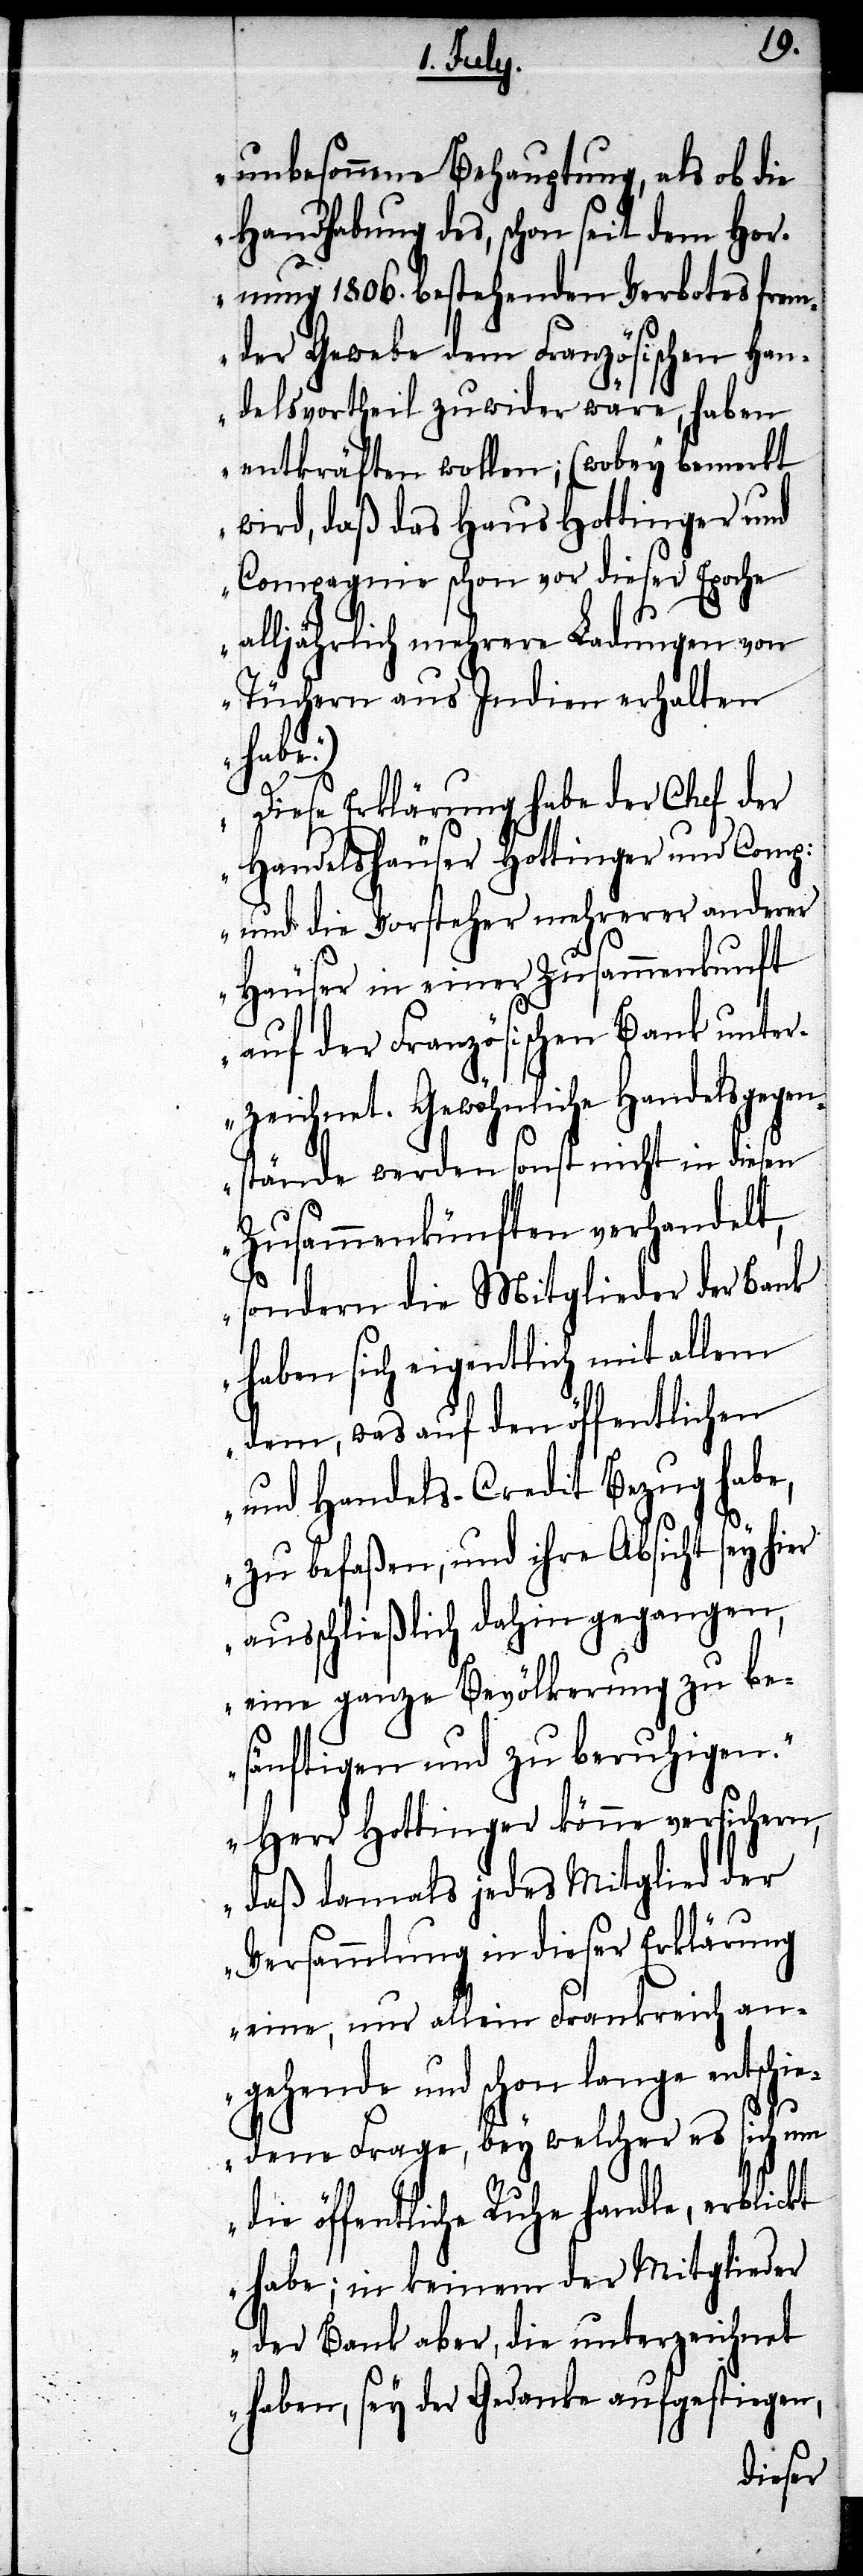
unbesonnene Behauptung, als ob die
Handhabung des, schon seit dem Hor¬
nung 1806. bestehenden Verbotes frem¬
der Gewebe dem Französischen Han¬
delsvortheil zuwider wäre, haben
entkräften wollen; (wobey bemerkt
wird, daß das Haus Hottinger und
Compagnie schon vor dieser Epoche
alljährlich mehrere Ladungen von
Tüchern aus Indien erhalten
habe.)
Diese Erklärung habe der Chef der
Handelshäuser Hottinger und Comp:
und die Vorsteher mehrerer anderer
Häuser in einer Zusammenkunft
auf der Französischen Bank unter¬
zeichnet. Gewöhnliche Handelsgegen¬
stände werden sonst nicht in diesen
Zusammenkünften verhandelt,
sondern die Mitglieder der Bank
haben sich eigentlich mit allem
dem, was auf den öffentlichen
und Handels-Credit Bezug habe,
zu befaßen, und ihre Absicht sey ihr
ausschließlich dahin gegangen,
eine ganze Bevölkerung zu be¬
sänftigen und zu beruhigen.
Herr Hottinger könne versichern,
daß damals jedes Mitglied der
Versammlung in dieser Erklärung
eine, nur allein Frankreich an¬
gehende und schon lange entschie¬
dene Frage, bey welcher es sich um
die öffentliche Ruhe handle, erblickt
habe; in keinem der Mitglieder
der Bank aber, die unterzeichnet
haben, sey der Gedanke aufgestiegen,